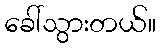
ခေါ်သွားတယ်။